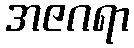
အဇဂရာ